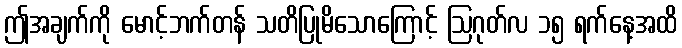
ဤအချက်ကို မောင့်ဘက်တန် သတိပြုမိသောကြောင့် ဩဂုတ်လ ၁၅ ရက်နေ့အထိ